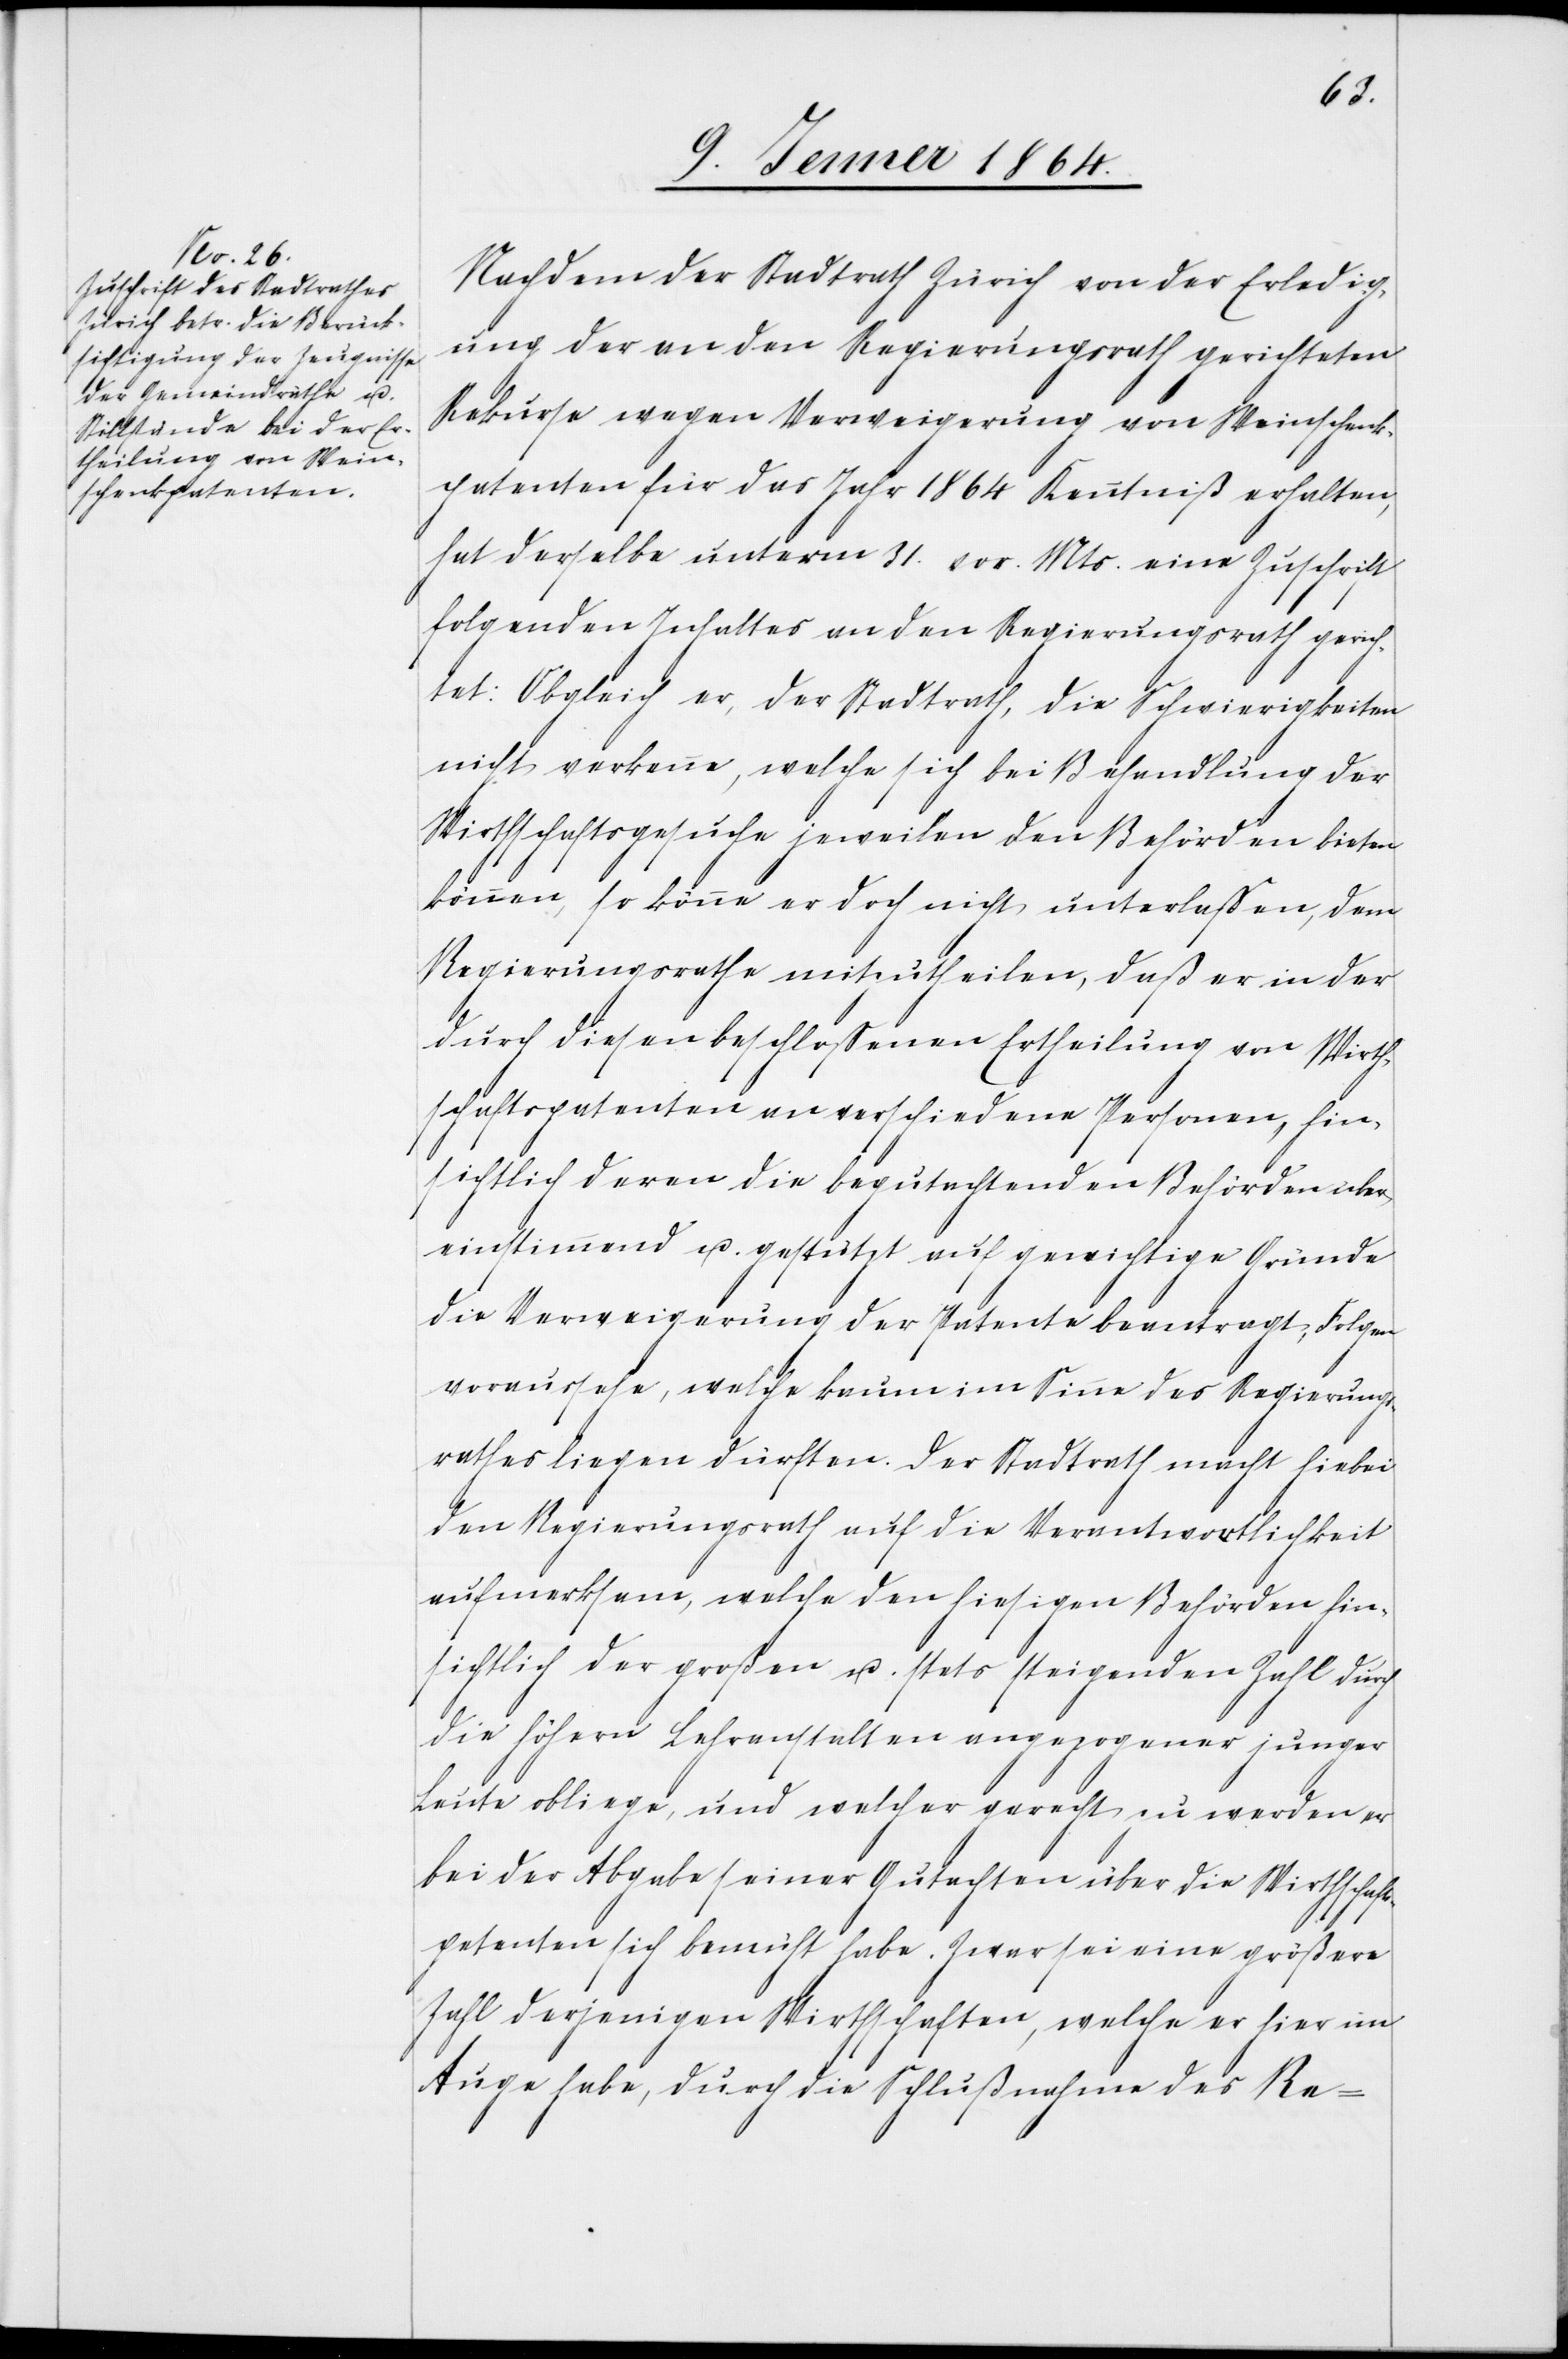
Nachdem der Stadtrath Zürich von der Erledig¬
ung der an den Regierungsrath gerichteten
Rekurse wegen Verweigerung von Weinschenk¬
patenten für das Jahr 1864 Kenntniß erhalten,
hat derselbe unterm 31. vor. Mts. eine Zuschrift
folgenden Inhaltes an den Regierungsrath gerich¬
tet: Obgleich er, der Stadtrath, die Schwierigkeiten
nicht verkenne, welche sich bei Behandlung der
Wirtschaftsgesuche jeweilen den Behörden bieten
können, so könne er doch nicht unterlaßen, dem
Regierungsrathe mitzutheilen, daß er in der
durch diesen beschloßenen Ertheilung von Wirt¬
schaftspatenten an verschiedene Personen, hin¬
sichtlich deren die begutachtenden Behörden über¬
einstimmend u. gestützt auf gewichtige Gründe
die Verweigerung der Patente beantragt, Folgen
voraussehe, welche kaum in Sinne des Regierungs¬
rathes liegen dürften. Der Stadtrath macht hiebei
den Regierungsrath auf die Verantwortlichkeit
aufmerksam, welche den hiesigen Behörden hin¬
sichtlich der großen u. stets steigenden Zahl durch
die höhern Lehranstalten angezogener junger
Leute obliege, und welcher gerecht zu werden er
bei der Abgabe seiner Gutachten über die Wirtschafts¬
petenten sich bemüht habe. Zwar sei eine größere
Zahl derjenigen Wirtschaften, welche er hier im
Auge habe, durch die Schlußnahme des Re-